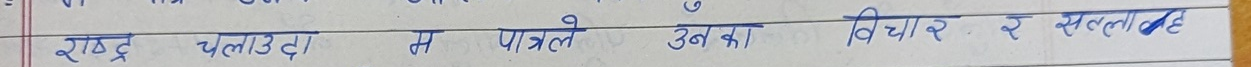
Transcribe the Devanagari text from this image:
राष्ट्र चलाउँदा म पत्रले उनका विचार र सल्लाहे